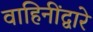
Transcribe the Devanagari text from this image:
वाहिनींद्वारे